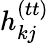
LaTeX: h_{kj}^{(tt)}